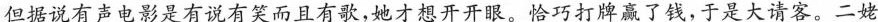
但据说有声电影是有说有笑而且有歌，她才想开开眼。恰巧打牌赢了钱，于是大请客。二姥